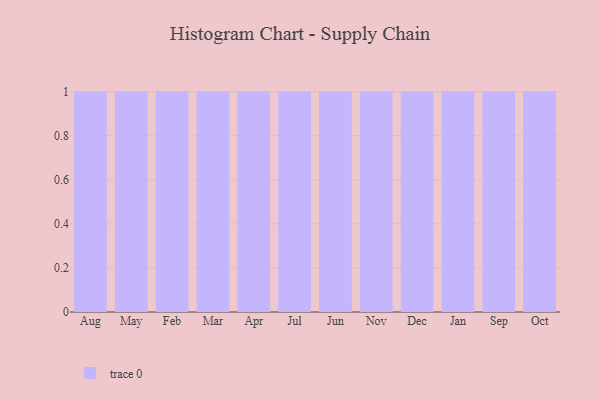
{"axis": {"x": "Month", "y": "Customer Acquisition Cost (USD)"}, "legend": [""], "data": [{"x": "Aug", "y": 77, "type": ""}, {"x": "May", "y": 75, "type": ""}, {"x": "Feb", "y": 71, "type": ""}, {"x": "Mar", "y": 22, "type": ""}, {"x": "Apr", "y": 53, "type": ""}, {"x": "Jul", "y": 6, "type": ""}, {"x": "Jun", "y": 48, "type": ""}, {"x": "Nov", "y": 45, "type": ""}, {"x": "Dec", "y": 68, "type": ""}, {"x": "Jan", "y": 96, "type": ""}, {"x": "Sep", "y": 52, "type": ""}, {"x": "Oct", "y": 51, "type": ""}]}